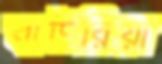
বাউরিয়া